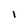
Character: l